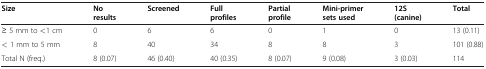
<table><thead><tr><td><b>Size</b></td><td><b>No results</b></td><td><b>Screened</b></td><td><b>Full profiles</b></td><td><b>Partial profile</b></td><td><b>Mini-primer sets used</b></td><td><b>12S (canine)</b></td><td><b>Total</b></td></tr></thead><tbody><tr><td>≥ 5 mm to &lt;1 cm</td><td>0</td><td>6</td><td>6</td><td>0</td><td>1</td><td>0</td><td>13 (0.11)</td></tr><tr><td>&lt; 1 mm to 5 mm</td><td>8</td><td>40</td><td>34</td><td>8</td><td>8</td><td>3</td><td>101 (0.88)</td></tr><tr><td>Total N (freq.)</td><td>8 (0.07)</td><td>46 (0.40)</td><td>40 (0.35)</td><td>8 (0.07)</td><td>9 (0.08)</td><td>3 (0.03)</td><td>114</td></tr></tbody></table>